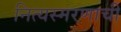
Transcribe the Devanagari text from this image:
नित्यस्मरणाची